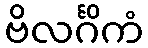
ဗိလင်္ဂိကံ